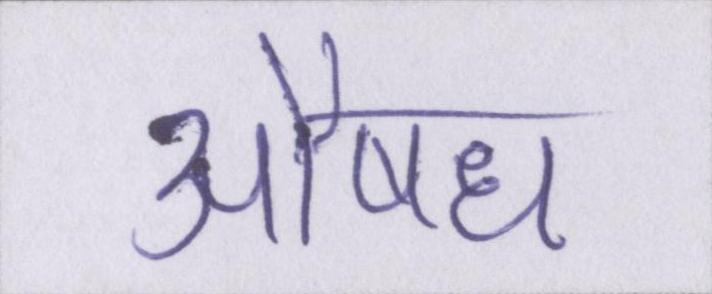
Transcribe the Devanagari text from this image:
औषध